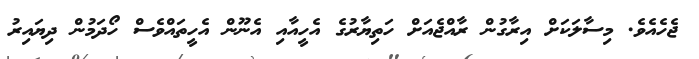
ޖެހެއެވެ. މިސާލަކަށް އިރާގުން ރާއްޖެއަށް ހަތިޔާރުގެ އެހީއާއި އެނޫން އެހީތައްވެސް ހޯދަމުން ދިޔައިރު